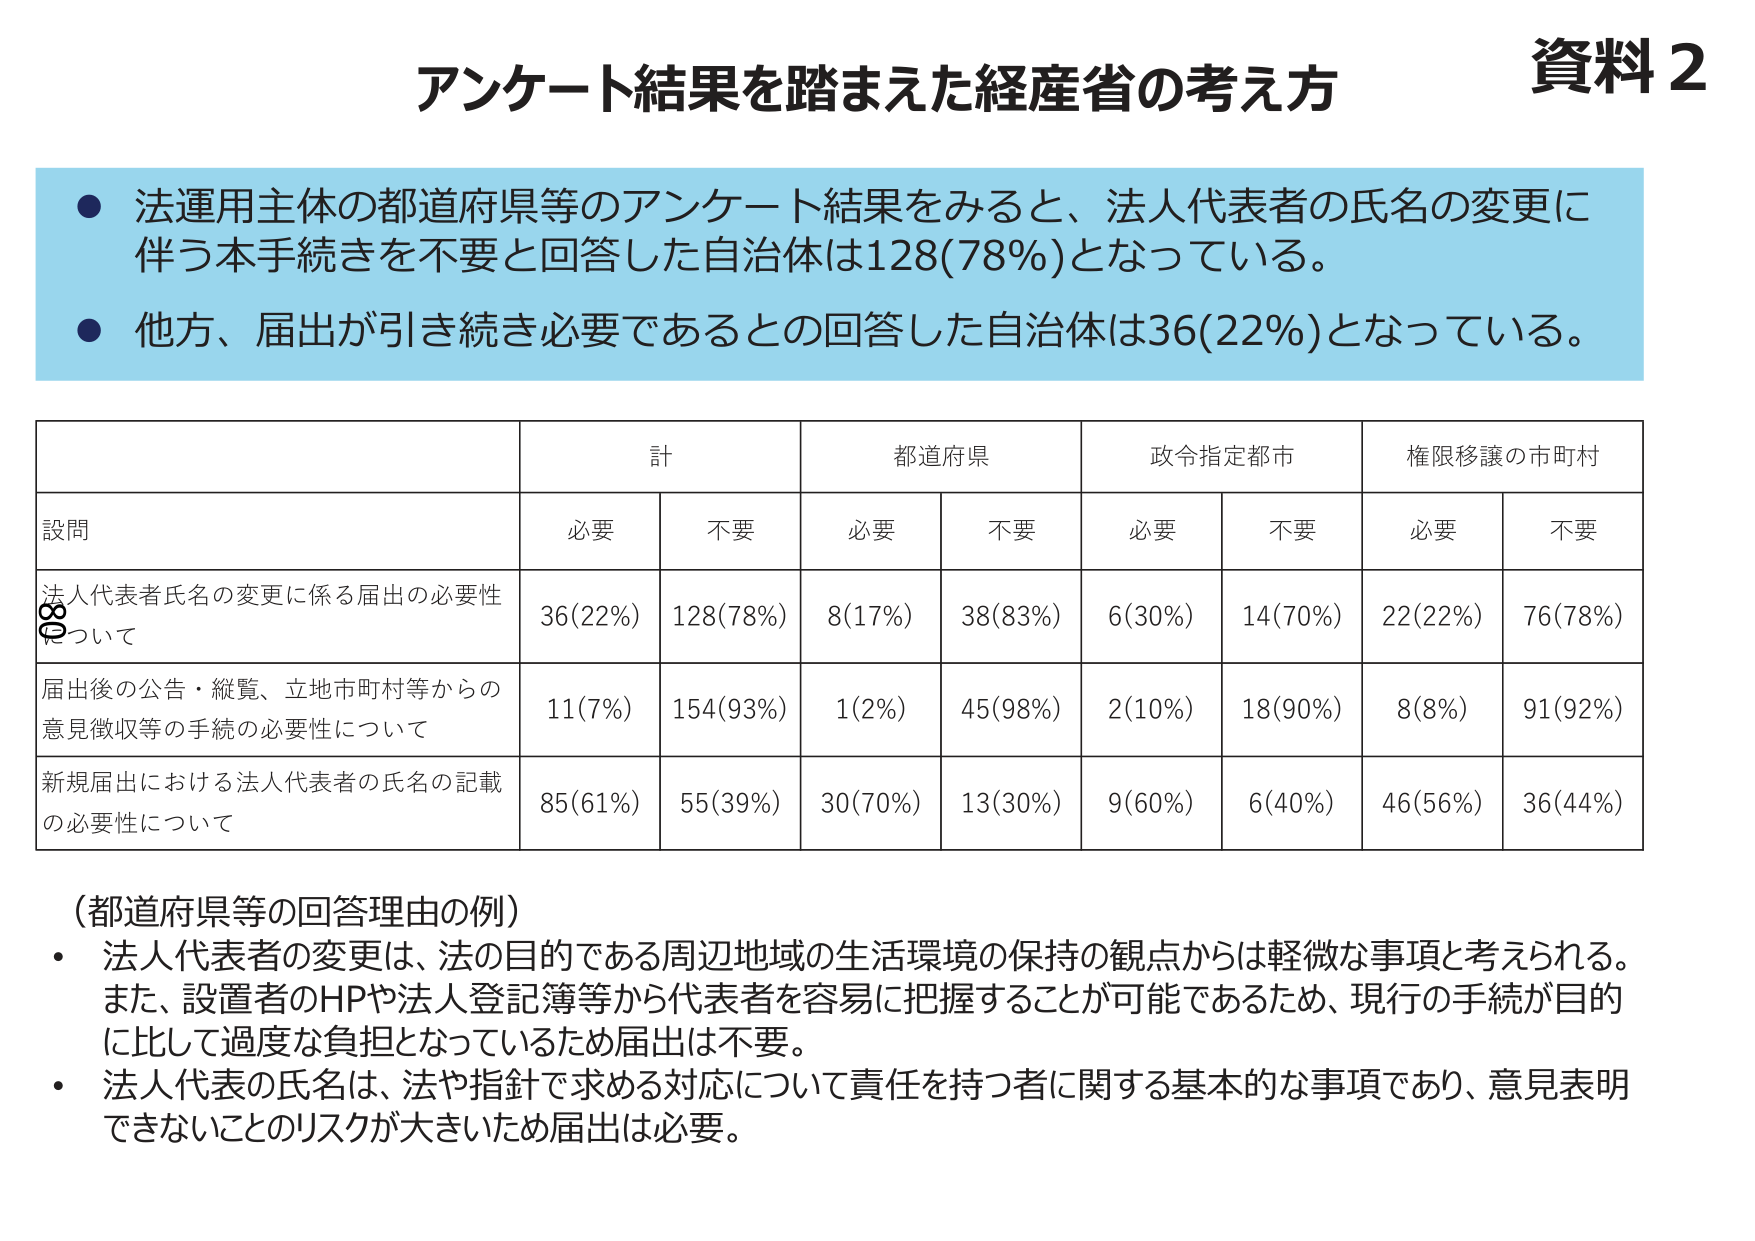
資料2
アンケート結果を踏まえた経産省の考え方

● 法運用主体の都道府県等のアンケート結果をみると、法人代表者の氏名の変更に伴う本手続きを不要と回答した自治体は128(78%)となっている。
● 他方、届出が引き続き必要であるとの回答した自治体は36(22%)となっている。

| 設問 | 計 | 都道府県 | 政令指定都市 | 権限移譲の市町村 |
|------|----|----------|--------------|------------------|
|      | 必要 | 不要 | 必要 | 不要 | 必要 | 不要 | 必要 | 不要 |
| 法人代表者氏名の変更に係る届出の必要性について | 36(22%) | 128(78%) | 8(17%) | 38(83%) | 6(30%) | 14(70%) | 22(22%) | 76(78%) |
| 届出後の公告・縦覧、立地市町村等からの意見徴収等の手続の必要性について | 11(7%) | 154(93%) | 1(2%) | 45(98%) | 2(10%) | 18(90%) | 8(8%) | 91(92%) |
| 新規届出における法人代表者の氏名の記載の必要性について | 85(61%) | 55(39%) | 30(70%) | 13(30%) | 9(60%) | 6(40%) | 46(56%) | 36(44%) |

（都道府県等の回答理由の例）
・ 法人代表者の変更は、法の目的である周辺地域の生活環境の保持の観点からは軽微な事項と考えられる。また、設置者のHPや法人登記簿等から代表者を容易に把握することが可能であるため、現行の手続が目的に比して過度な負担となっているため届出は不要。
・ 法人代表の氏名は、法や指針で求める対応について責任を持つ者に関する基本的な事項であり、意見表明できないことのリスクが大きいため届出は必要。